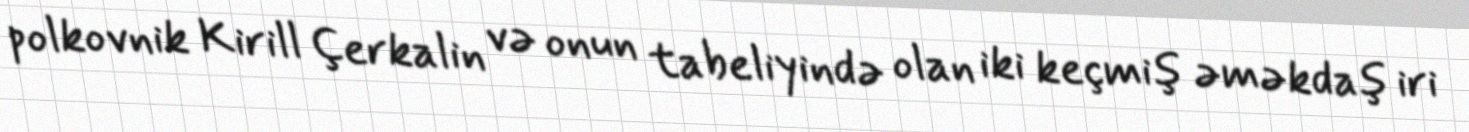
polkovnik Kirill Çerkalin və onun tabeliyində olan iki keçmiş əməkdaş iri